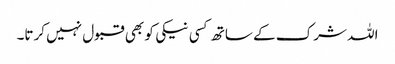
اللہ شرک کے ساتھ کسی نیکی کو بھی قبول نہیں کرتا۔